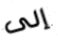
إلى